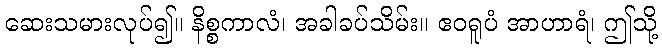
ဆေးသမားလုပ်၍။ နိစ္စကာလံ၊ အခါခပ်သိမ်း။ ဧဝရူပံ အာဟာရံ၊ ဤသို့